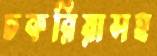
চকরিয়াসহ